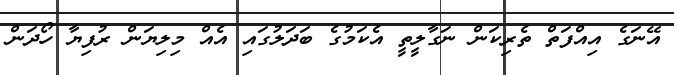
އޭނަގެ އިއްފަތް ތެރިކަން ނަގާލީތީ އެކަމުގެ ބަދަލުގައި އެއް މިލިޔަން ރުފިޔާ ހޯދަން